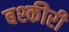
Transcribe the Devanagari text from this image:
बश्कीरी